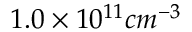
1 . 0 \times 1 0 ^ { 1 1 } c m ^ { - 3 }